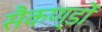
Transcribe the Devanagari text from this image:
सैकण्‍डों